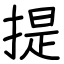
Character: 提